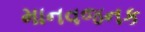
માનવજનક